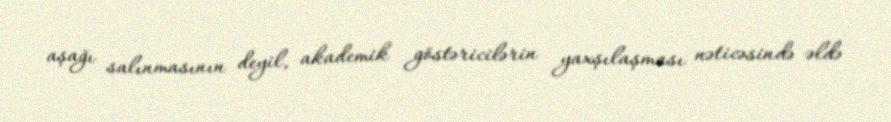
aşağı salınmasının deyil, akademik göstəricilərin yaxşılaşması nəticəsində əldə